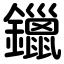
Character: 鑞